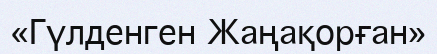
«Гүлденген Жаңақорған»